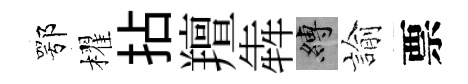
鄂櫂拈羶犇縛諭票